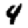
Digit: 4